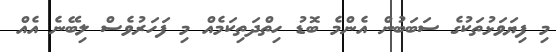
މި ފިޔަވަޅުތަކުގެ ސަބަބުން އެންމެ ބޮޑު ހިތްދަތިކަމެއް މި ފަހަރުވެސް ލިބޭނެ އެއް